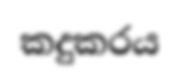
කදුකරය